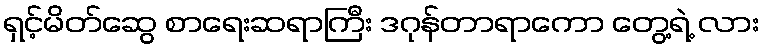
ရှင့်မိတ်ဆွေ စာရေးဆရာကြီး ဒဂုန်တာရာကော တွေ့ရဲ့ လား